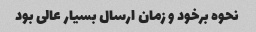
نحوه برخود و زمان ارسال بسیار عالی بود